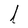
Character: l